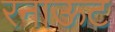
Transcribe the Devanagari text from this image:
रनाऊट